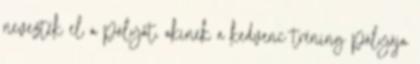
nevezték el a pályát, akinek a kedvenc tréning pályája